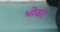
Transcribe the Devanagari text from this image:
भोकरें